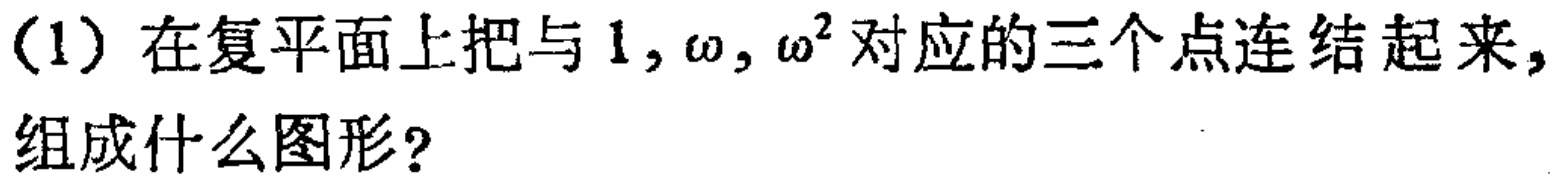
(1)在复平面上把与\(1,\omega,\omega^{2}\)对应的三个点连结起来，组成什么图形？